Papers set at the Examination for Leaving Certificates, 1890
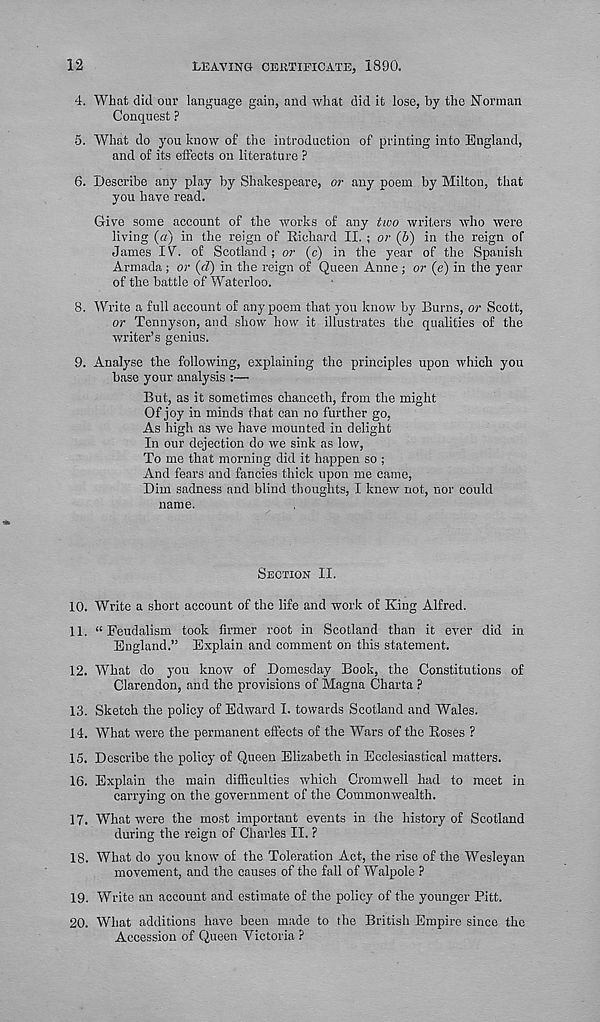
12
LEAVING CERTIFICATE, 1890.
4. What did our language gain, and what did it lose, by the Norman
Conquest ?
5. What do you know of the introduction of printing into England,
and of its effects on literature ?
6. Describe any play by Shakespeare, or any poem by Milton, that
you have read.
Give some account of the works of any two writers who were
living (a) in the reign of Richard II. ; or (b) in the reign of
James IV. of Scotland; or (c) in the year of the Spanish
Armada; or (d) in the reign of Queen Anne ; or (e) in the year
of the battle of Waterloo.
8. Write a full account of any poem that you know by Burns, or Scott,
or Tennyson, and show how it illustrates the qualities of the
writer’s genius.
9. Analyse the following, explaining the principles upon which you
base your analysis :—
But, as it sometimes chanceth, from the might
Of joy in minds that can no further go,
As high as we have mounted in delight
In our dejection do we sink as low,
To me that morning did it happen so ;
And fears and fancies thick upon me came,
Dim sadness and blind thoughts, I knew not, nor could
name.
SECTION II.
10. Write a short account of the life and work of King Alfred.
11. “Feudalism took firmer root in Scotland than it ever did in
England.” Explain and comment on this statement.
12. What do you know of Domesday Book, the Constitutions of
Clarendon, and the provisions of Magna Charta ?
13. Sketch the policy of Edward I. towards Scotland and Wales.
14. What were the permanent effects of the Wars of the Roses ?
15. Describe the policy of Queen Elizabeth in Ecclesiastical matters.
16. Explain the main difficulties which Cromwell had to meet in
carrying on the government of the Commonwealth.
17. What were the most important events in the history of Scotland
during the reign of Charles II. ?
18. What do you know of the Toleration Act, the rise of the Wesleyan
movement, and the causes of the fall of Walpole ?
19. Write an account and estimate of the policy of the younger Pitt.
20. What additions have been made to the British Empire since the
Accession of Queen Victoria ?